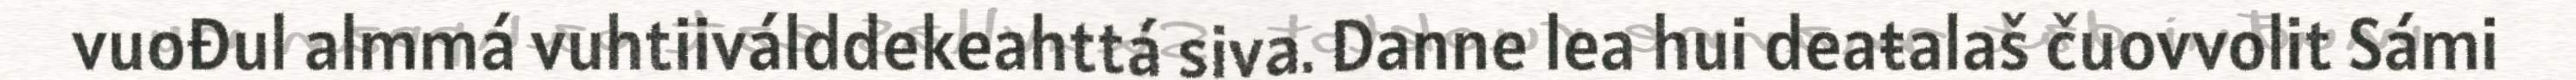
vuođul almmá vuhtiiválddekeahttá siva. Danne lea hui deaŧalaš čuovvolit Sámi